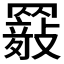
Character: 𦌤